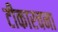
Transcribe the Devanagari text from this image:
टीकारचना